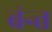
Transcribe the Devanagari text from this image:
ब॑न्त